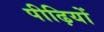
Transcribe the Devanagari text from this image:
पीढ़ियों